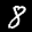
Label: 8